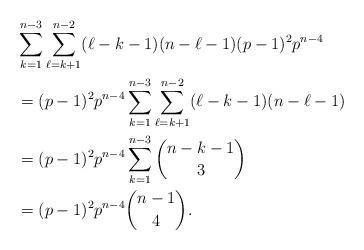
LaTeX: \begin{align*}&\sum_{k=1}^{n-3} \sum_{\ell=k+1}^{n-2}(\ell-k-1)(n-\ell-1) (p-1)^2p^{n-4} \\&= (p-1)^2p^{n-4}\sum_{k=1}^{n-3} \sum_{\ell=k+1}^{n-2} (\ell-k-1)(n-\ell-1)\\&= (p-1)^2p^{n-4}\sum_{k=1}^{n-3} \binom{n-k-1}{3} \\&= (p-1)^2p^{n-4} \binom{n-1}{4}.\end{align*}